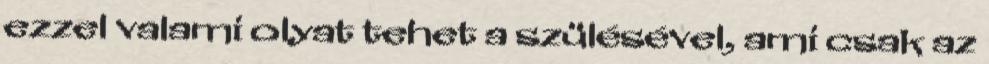
ezzel valami olyat tehet a szülésével, ami csak az